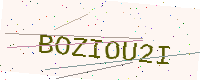
Text: BOZIOU2I